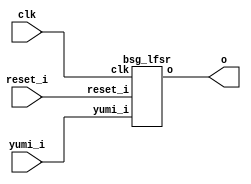


module top
(
  clk,
  reset_i,
  yumi_i,
  o
);

  output [15:0] o;
  input clk;
  input reset_i;
  input yumi_i;

  bsg_lfsr
  wrapper
  (
    .o(o),
    .clk(clk),
    .reset_i(reset_i),
    .yumi_i(yumi_i)
  );


endmodule



module bsg_lfsr
(
  clk,
  reset_i,
  yumi_i,
  o
);

  output [15:0] o;
  input clk;
  input reset_i;
  input yumi_i;
  wire N0,N1,N2,N3,N4,N5,N6,N7,N8,N9,N10,N11,N12,N13,N14,N15,N16,N17,N18,N19,N20,N21,
  N22,N23,N24,N25,N26,N27,N28,N29,N30,N31,N32,N33,N34,N35,N36;
  wire [15:0] o_n;
  reg [15:0] o;
  assign N3 = (N0)? 1'b1 : 
              (N21)? 1'b1 : 
              (N2)? 1'b0 : 1'b0;
  assign N0 = reset_i;
  assign { N19, N18, N17, N16, N15, N14, N13, N12, N11, N10, N9, N8, N7, N6, N5, N4 } = (N0)? { 1'b0, 1'b0, 1'b0, 1'b0, 1'b0, 1'b0, 1'b0, 1'b0, 1'b0, 1'b0, 1'b0, 1'b0, 1'b0, 1'b0, 1'b0, 1'b1 } : 
                                                                                        (N21)? o_n : 1'b0;
  assign N1 = yumi_i | reset_i;
  assign N2 = ~N1;
  assign N20 = ~reset_i;
  assign N21 = yumi_i & N20;
  assign o_n[15] = o[0] & 1'b0;
  assign o_n[14] = o[15] ^ N22;
  assign N22 = o[0] & 1'b0;
  assign o_n[13] = o[14] ^ N23;
  assign N23 = o[0] & 1'b0;
  assign o_n[12] = o[13] ^ N24;
  assign N24 = o[0] & 1'b0;
  assign o_n[11] = o[12] ^ N25;
  assign N25 = o[0] & 1'b0;
  assign o_n[10] = o[11] ^ N26;
  assign N26 = o[0] & 1'b0;
  assign o_n[9] = o[10] ^ N27;
  assign N27 = o[0] & 1'b0;
  assign o_n[8] = o[9] ^ N28;
  assign N28 = o[0] & 1'b0;
  assign o_n[7] = o[8] ^ N29;
  assign N29 = o[0] & 1'b0;
  assign o_n[6] = o[7] ^ N30;
  assign N30 = o[0] & 1'b0;
  assign o_n[5] = o[6] ^ N31;
  assign N31 = o[0] & 1'b0;
  assign o_n[4] = o[5] ^ N32;
  assign N32 = o[0] & 1'b0;
  assign o_n[3] = o[4] ^ N33;
  assign N33 = o[0] & 1'b0;
  assign o_n[2] = o[3] ^ N34;
  assign N34 = o[0] & 1'b0;
  assign o_n[1] = o[2] ^ N35;
  assign N35 = o[0] & 1'b0;
  assign o_n[0] = o[1] ^ N36;
  assign N36 = o[0] & 1'b0;

  always @(posedge clk) begin
    if(N3) begin
      { o[15:0] } <= { N19, N18, N17, N16, N15, N14, N13, N12, N11, N10, N9, N8, N7, N6, N5, N4 };
    end 
  end


endmodule